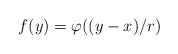
\begin{align*}f(y)=\varphi((y-x)/r)\end{align*}